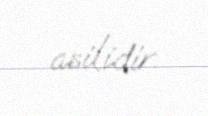
asilidir.